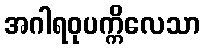
အဂါရဝုပက္ကိလေသာ